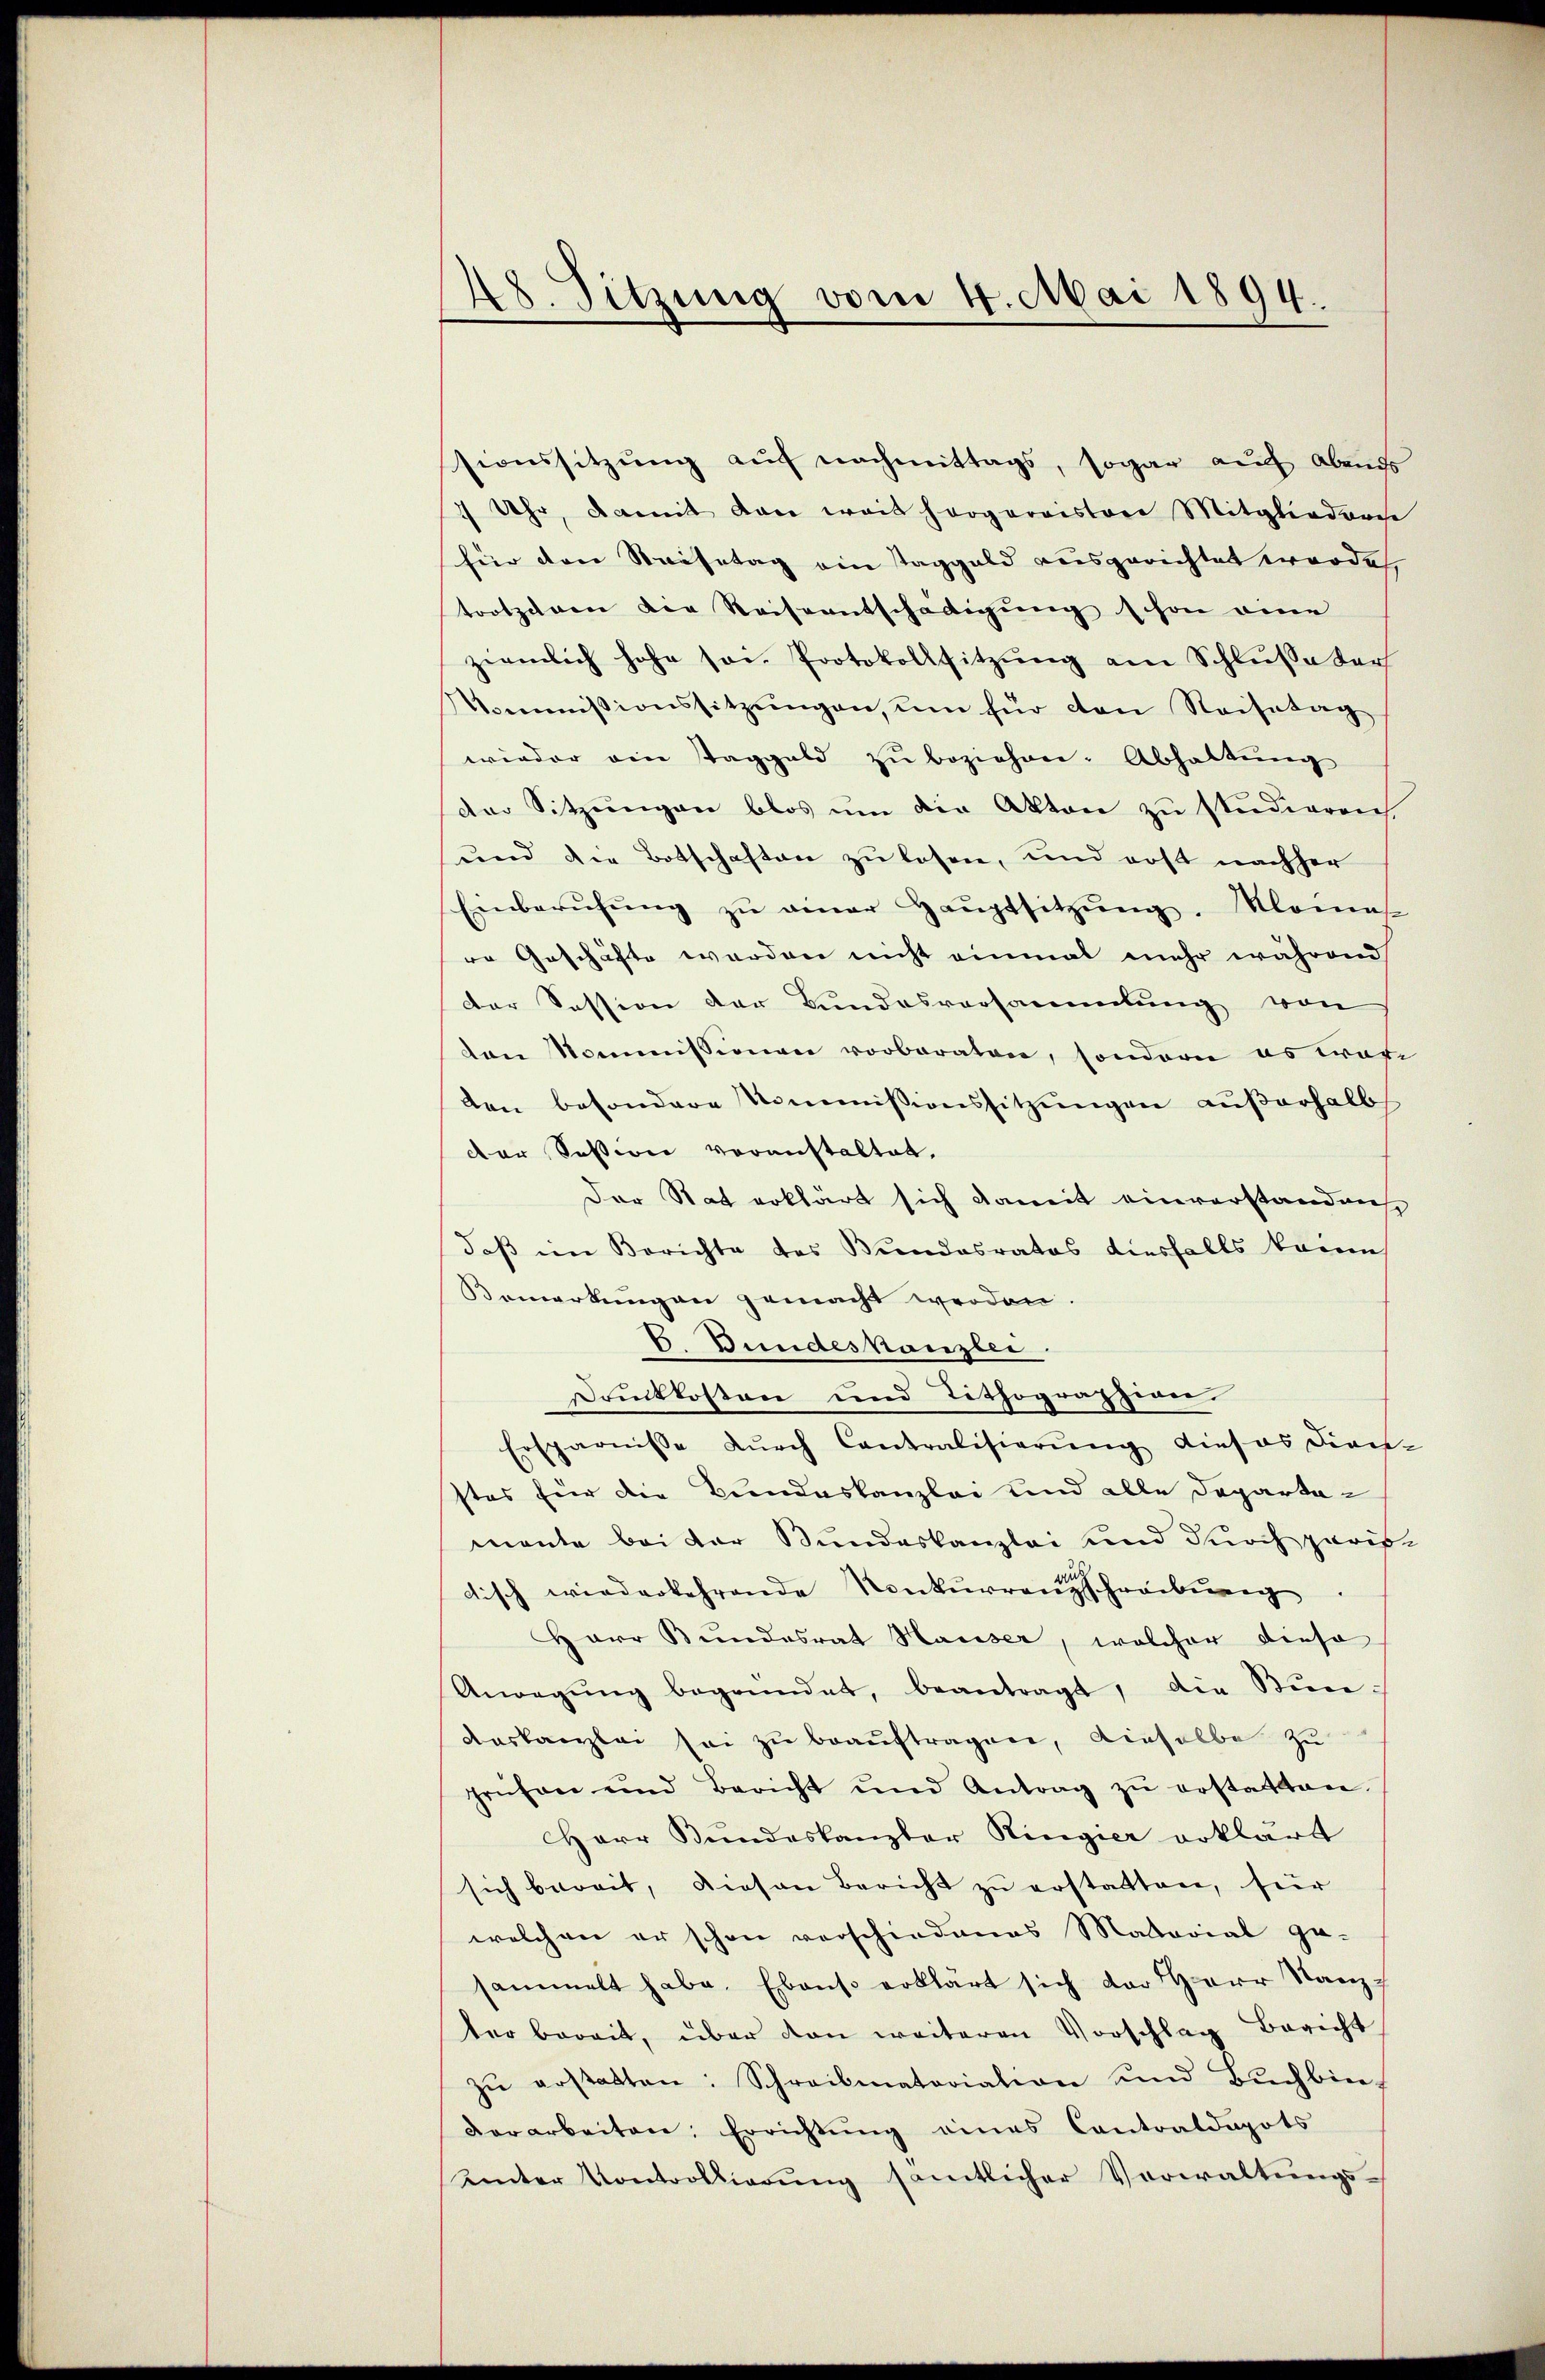
48. Sitzung vom 4. Mai 1894.

sionssitzŭng aŭf nachmittags, sogar auch Abends
7 Uhr, damit dare weit hergervistere Mitgliederes
hier den Strafetag ein Taggeld ausgerichtet werde.
trotzehnen die Reiseentschädigung schon eine
ziemlich hohe sei. Protokollsitzung am Schluße der
Kommissionssitzŭngen, um für con Reisetag
wieder ein Taggeld zu beziehen. Abhaltung
der Sitzŭngen blos ŭm die Akten zu studieren.
und die Botschaften zu lesen, und erst nachher
Einberŭfŭng zŭ einer Haŭptsitzŭng. Klomes
re Geschäfte werden nicht einmal mehr während
der Session der Bundesversammlung von
ten Kommissionen vorberaten, sondern es war
den besondere Kommissionssitzŭngen außerhalb
der Session veranstaltet,
Der Stat erklärt sich damit einverstandans
daß im Berichte des Bundesrates diesfalls keine
Bemerkungen gemacht werden.
E. Bundeskanzlei.
Druckkosten und Tithographiger
Ersparnisse durch Contralisierung dieses dien-
stes für die Bundeskanzlei und alle Departemante bei der Bundeskanzlei und durch paris
tisch wiederkehrende Konkurrenz schreibung
Herr Bundesrat Hauser, welcher diese
Anregŭng begründet, beantragt, die Stŭn-
aaskanzlei sei zu beaŭftragen, dieselbe zu
prüfen und Bericht und Antrag zŭ erstatten.
Herr Bundeskanzler Ringier erklärt
sich beweit, diesen Bericht zu erstatten, für
welchen er schon verschiedenes Mastorial ge-
sammelt habe. Ebenso erklärt sich der Herr Stanz
ter bereit, über den weiteren Vorschlag Bericht
zŭ erstatten: Schreibmatoriation und Bŭchbin-
vorarbeiten. Errichtŭng eines Contoaldapots
Unter Kontrollierŭng sämtlicher Verwaltŭngs-